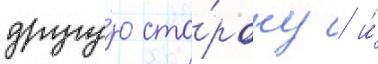
другу́ю сто́рону / и́